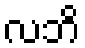
လဘိ